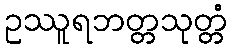
ဥဿူရဘတ္တသုတ္တံ